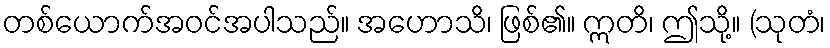
တစ်ယောက်အဝင်အပါသည်။ အဟောသိ၊ ဖြစ်၏။ ဣတိ၊ ဤသို့။ (သုတံ၊